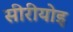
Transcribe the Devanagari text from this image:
सीरीयोइ